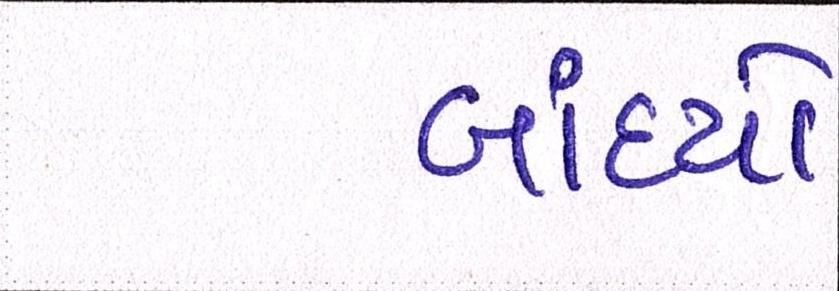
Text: બાંધ્યો